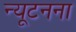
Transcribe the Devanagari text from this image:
न्यूटनना